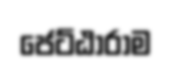
ජෙට්ඨාරාම